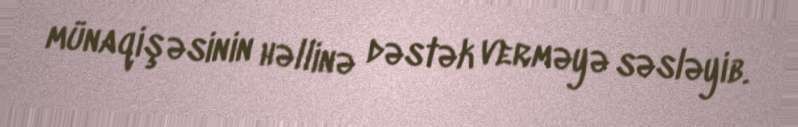
münaqişəsinin həllinə dəstək verməyə səsləyib.